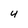
Character: 4